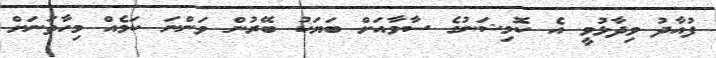
ފުއާދު ވިދާޅުވީ އެ ކޮމިޝަނުގެ ސާވާއަށް ބަޔަކު ބޭރުން ވަންނަ ކަމެއް މިހާތަނަށް